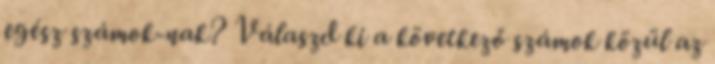
egész számok-nak? Válaszd ki a következő számok közül az